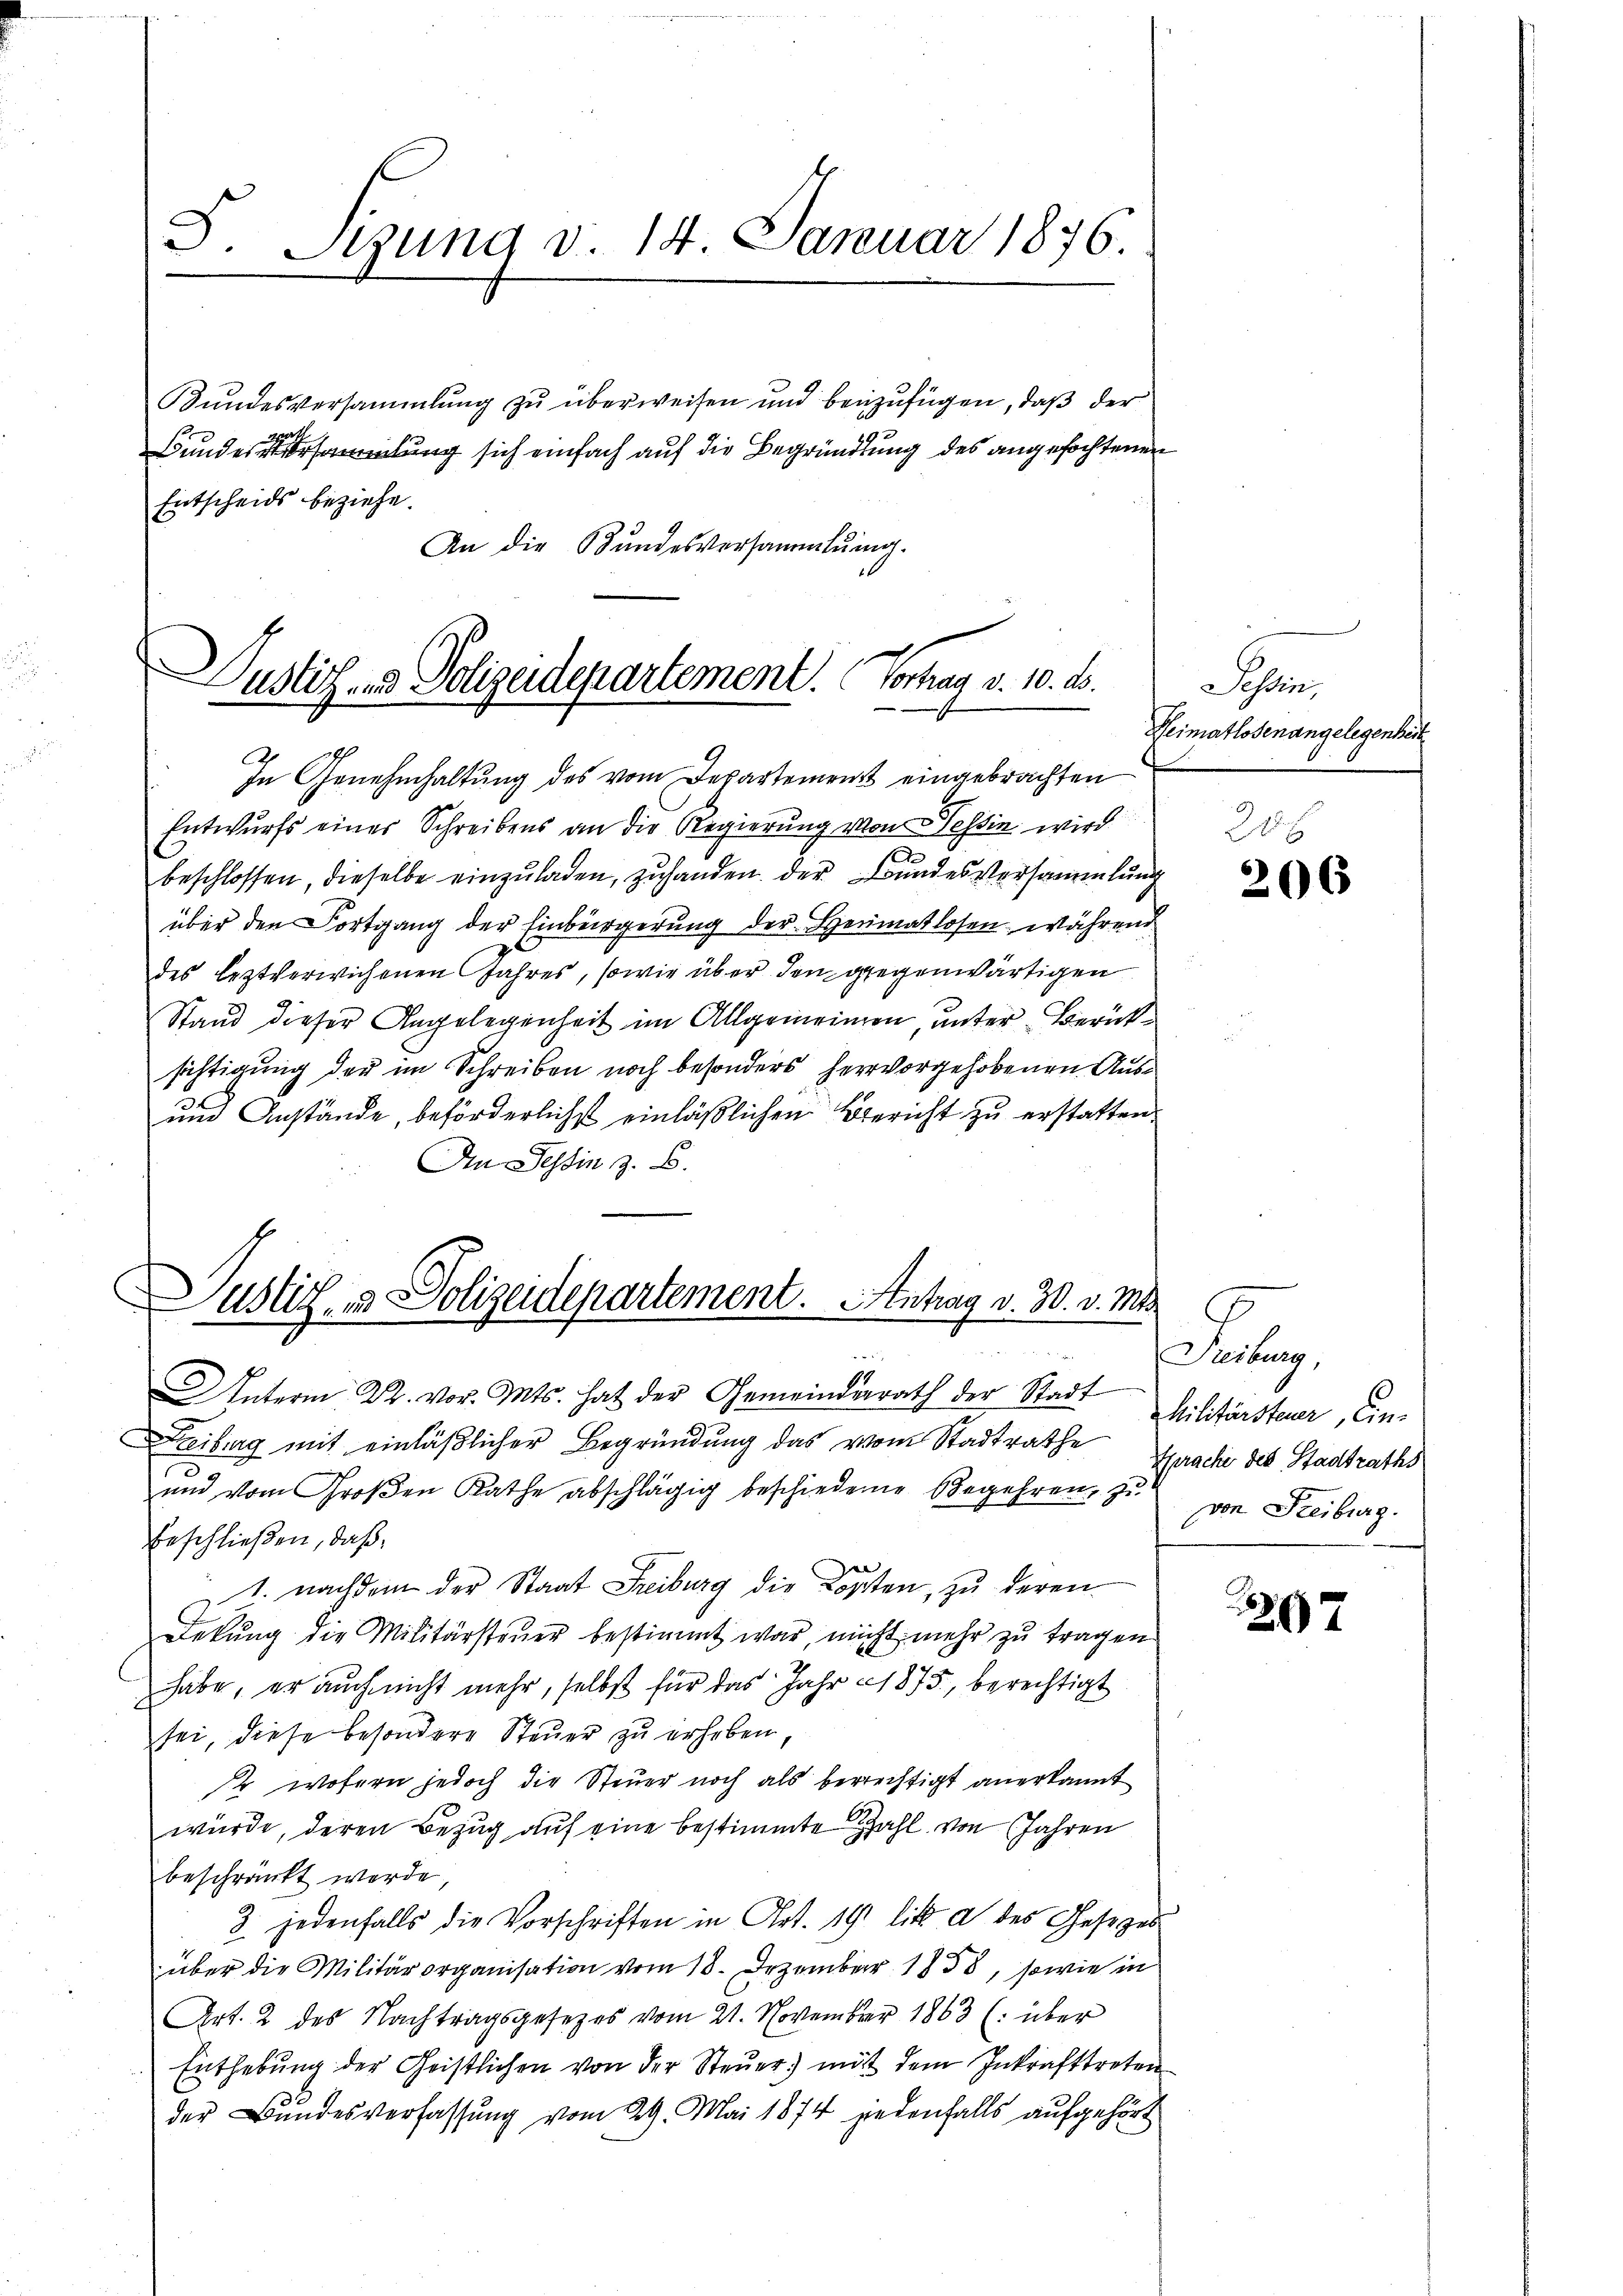
S. Stung d. 14. Januar 1876.
.

Bundesversammlung zu überweisen und beizufügen, daß der
19 x
Bundesamlung sich einfach auf die Begründung des angefochtenen
Entscheids beziehe.
An die Bŭndesversammlung.

Justiz- & Polizeidepartement. Vortrag v. 10. d.
In Genehmhaltung des vom Departement eingebrachten

Entwurfs einer Schreibens an die Regierung von Tessin wird
u
beschlossen, dieselbe einzuladen, zuhanden der Bundes Versammlung
über den Fortgang der Einbürgerung der Heimatlosen während
des leztverwichenen Jahres, sowie über den gegenwärtigen
Stand dieser Angelegenheit im Allgemeinden, unter Berücksichtigung der im Schreiben noch besonders hervorgehobenen Aus¬
und Anstände, beförderlichst einläßlichen Bericht zu erstatten.
An Tessin z. B.

Justiz- & Polizeidepartement. Antrag v. 30. v. Mts.
in

hein
Heimatlosenangelegenheit

Unterm 22. vor. Mts. hat der Gemeinderath der Stadt Militärsteuer, Ein-
eiburg mit einläßlicher Begründung das vom Stadtrathe
und vom Großen Rathe abschlägig beschiedene Begehren, zu
beschließen, daß
1. nachdem der Staat Freiburg die Kosten, zu deren
Dekŭng die Militärsteuer bestimmt war, nicht mehr zu tragen
habe, er auch nicht mehr, selbst für das Jahr 1875, berechtigt
sei, diese besondere Steuer zu erheben,
 wofern jedoch die Steuer noch als berechtigt anerkannt
würde, deren Bezug auf eine bestimmte Zahl von Jahren
beschränkt werde.
3. jedenfalls die Vorschriften in Art. 19 litt a des Gesezes
über die Militärorganisation vom 18. Dezember 1858, sowie in
Art. 2 des Nachtragsgesezes vom 21. November 1863 (: über
Enthebŭng der Geistlichen von der Steŭer mit dem Inkrafttreten
der Bundesverfassung vom 29. Mai 1874 jedenfalls aufgehört

206

July
Sprache des Stadtraths
von Freiburg.

267